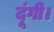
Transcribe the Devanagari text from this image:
दूंगी।